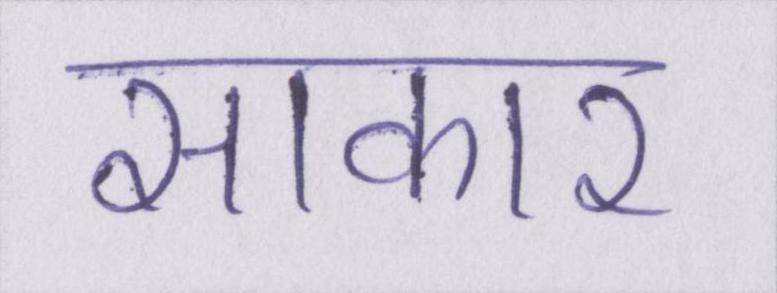
साकार